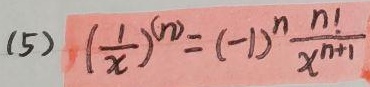
(5) $\left(\frac{1}{x}\right)^{(n)}=(-1)^{n} \frac{n!}{x^{n + 1}}$